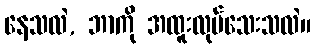
နေသလဲ, ဘာကို အထူးလုပ်သေးသလဲ။